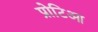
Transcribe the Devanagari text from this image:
प्रोटिआ